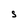
Character: S